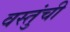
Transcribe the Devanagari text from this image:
वस्तुंची